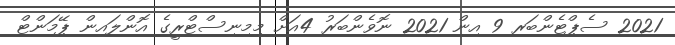
2021 ސެޕްޓެންބަރ 9 އިން 2021 ނޮވެންބަރު 4އަށް މިމިނިސްޓްރީގެ އޮންލައިން ޕޭމަންޓް